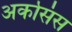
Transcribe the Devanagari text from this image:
अर्कासंस